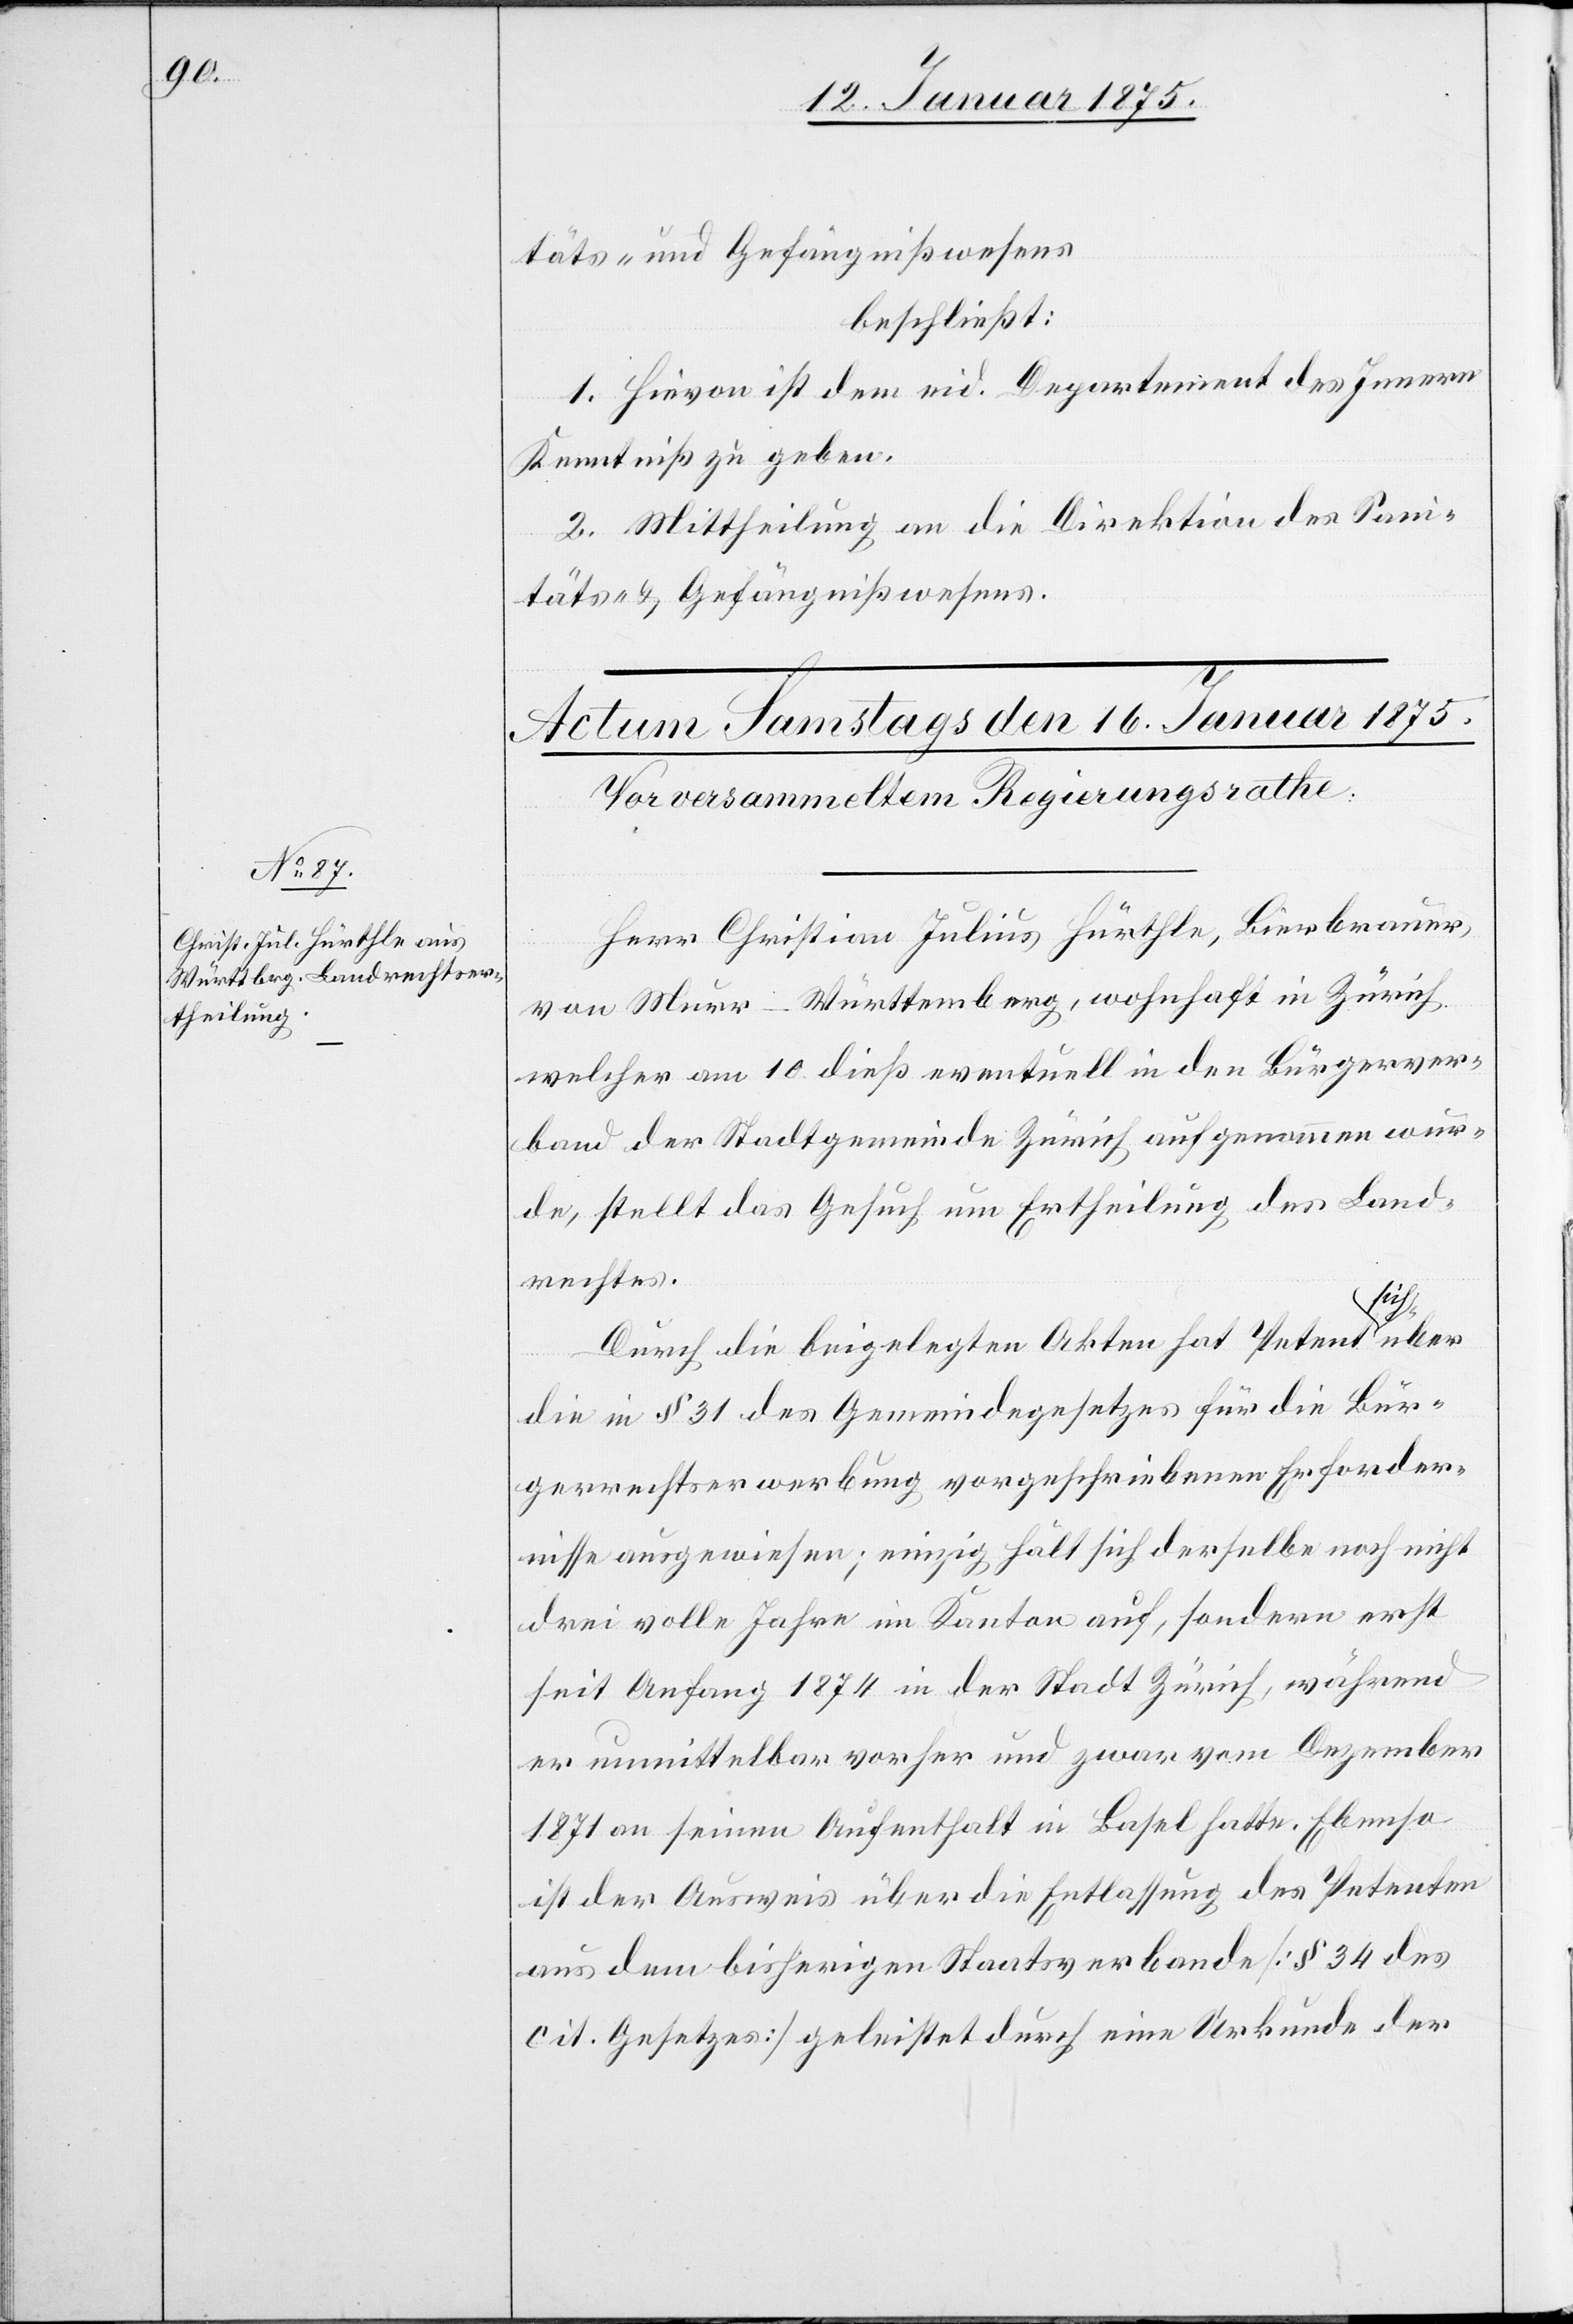
täts- und Gefängnißwesens
beschließt:
1. Hievon ist dem eid. Departement des Innern
Kenntniß zu geben.
2. Mittheilung an die Direktion des Sani¬
täts- & Gefängnißwesens.
Herr Christian Julius Hürthle, Bierbrauer,
von Murr - Württemberg, wohnhaft in Zürich
welcher am 10. dieß eventuell in den Bürgerver¬
band der Stadtgemeinde Zürich aufgenommen wur¬
de, stellt das Gesuch um Ertheilung des Land¬
rechtes.
Durch die beigelegten Akten hat Petent a-s¬
über
die in § 31 des Gemeindegesetzes für die Bür¬
gerrechtserwerbung vorgeschriebenen Erforder¬
nisse ausgewiesen; einzig hält sich derselbe noch nicht
drei volle Jahre im Kanton auf, sondern erst
seit Anfang 1874 in der Stadt Zürich, während
er unmittelbar vorher und zwar vom Dezember
1871 an seinen Aufenthalt in Basel hatte. Ebenso
ist der Ausweis über die Entlassung des Petenten
aus dem bisherigen Staatsverbande (§ 34 des
cit. Gesetzes) geleistet durch eine Urkunde der